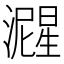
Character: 𬉚